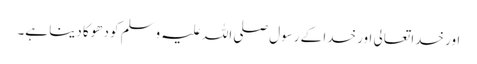
اور خدا تعالی اور خدا کے رسول صلی اللہ علیہ وسلم کو دھوکا دینا ہے۔